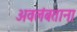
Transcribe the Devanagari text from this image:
अवलंबताना